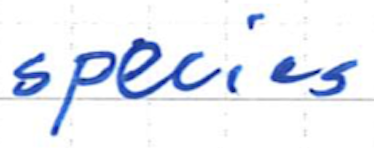
Text: species
Cross-out: clean
Writing tool: ballpoint